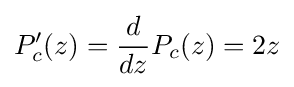
P_{c}'(z)={\frac {d}{dz}}P_{c}(z)=2z